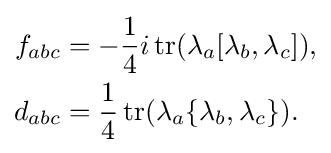
{\begin{aligned}f_{abc}&=-{\frac {1}{4}}i\operatorname {tr} (\lambda _{a}[\lambda _{b},\lambda _{c}]),\\d_{abc}&={\frac {1}{4}}\operatorname {tr} (\lambda _{a}\{\lambda _{b},\lambda _{c}\}).\end{aligned}}